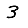
Digit: 3